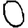
Digit: 0